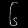
Digit: ၆